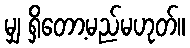
မျှ ရှိတော့မည်မဟုတ်။